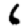
Digit: 6